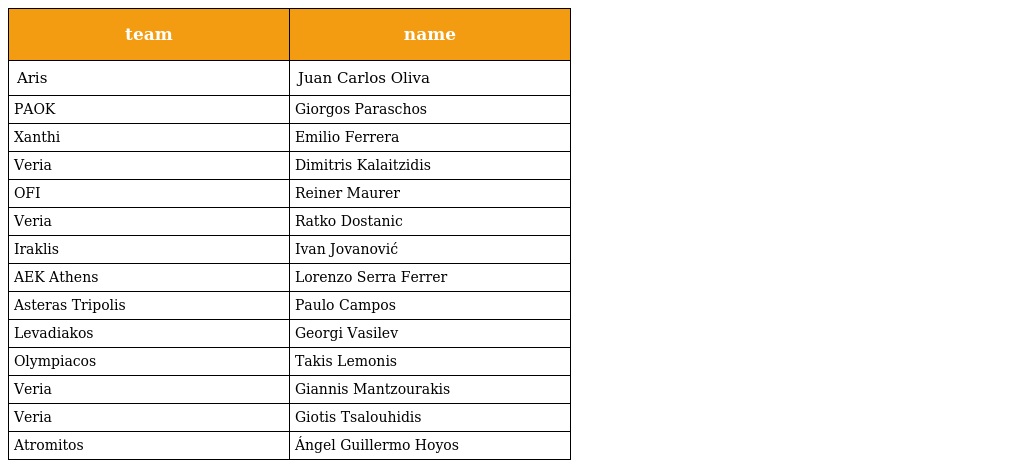
| team | name |
 | --- | --- |
 | Aris | Juan Carlos Oliva |
 | PAOK | Giorgos Paraschos |
 | Xanthi | Emilio Ferrera |
 | Veria | Dimitris Kalaitzidis |
 | OFI | Reiner Maurer |
 | Veria | Ratko Dostanic |
 | Iraklis | Ivan Jovanović |
 | AEK Athens | Lorenzo Serra Ferrer |
 | Asteras Tripolis | Paulo Campos |
 | Levadiakos | Georgi Vasilev |
 | Olympiacos | Takis Lemonis |
 | Veria | Giannis Mantzourakis |
 | Veria | Giotis Tsalouhidis |
 | Atromitos | Ángel Guillermo Hoyos |